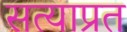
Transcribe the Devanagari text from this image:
सत्याप्रत